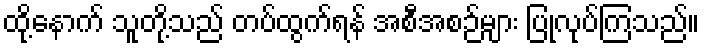
ထို့နောက် သူတို့သည် တပ်ထွက်ရန် အစီအစဉ်များ ပြုလုပ်ကြသည်။